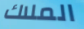
الملاك